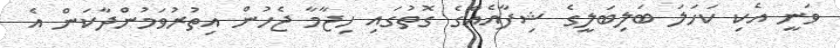
ވަނީ އެކި ކަހަލަ ބަލިބަލީގެ ޝިފާއެއްގެ ގޮތުގައި ހިޖާމާ ޖެހުން އިތުރުވަމުންދާކަން އެ